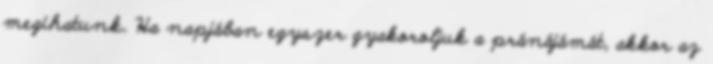
megihatunk. Ha napjában egyszer gyakoroljuk a pránájámát, akkor az